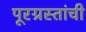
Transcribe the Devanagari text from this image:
पूरग्रस्तांची